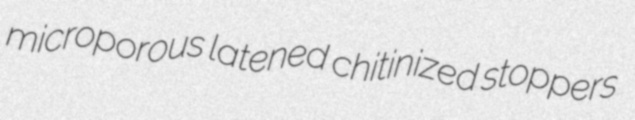
microporous latened chitinized stoppers